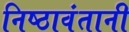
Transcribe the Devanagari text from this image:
निष्ठावंतानी